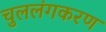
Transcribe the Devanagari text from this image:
चुललंगकरण